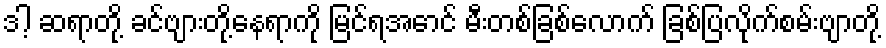
ဒါ့ ဆရာတို့ ခင်ဗျားတို့နေရာကို မြင်ရအောင် မီးတစ်ခြစ်လောက် ခြစ်ပြလိုက်စမ်းဗျာတို့